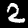
Digit: 2